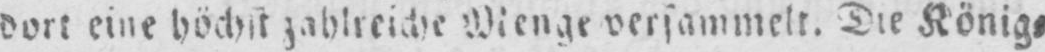
dort eine höchst zahlreiche Menge versammelt. Die König⸗